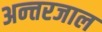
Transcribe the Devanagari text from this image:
अन्त्तरजाल